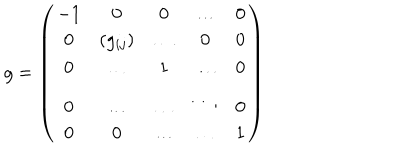
g = \left( \begin{array} { c c c c c } { { - 1 } } & { { 0 } } & { { 0 } } & { { \dots } } & { { 0 } } \\ { { 0 } } & { { ( g _ { i j } ) } } & { { \dots } } & { { 0 } } & { { 0 } } \\ { { 0 } } & { { \dots } } & { { 1 } } & { { \dots } } & { { 0 } } \\ { { 0 } } & { { \dots } } & { { \dots } } & { { \ddots } } & { { 0 } } \\ { { 0 } } & { { 0 } } & { { \dots } } & { { \dots } } & { { 1 } } \\ \end{array} \right)